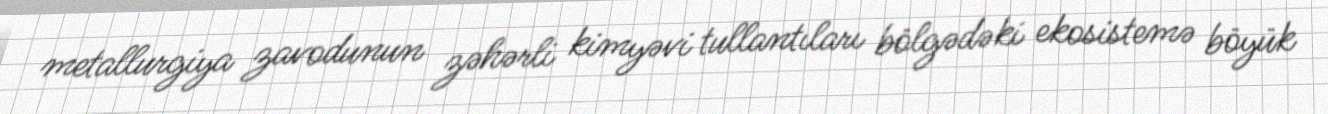
metallurgiya zavodunun zəhərli kimyəvi tullantıları bölgədəki ekosistemə böyük